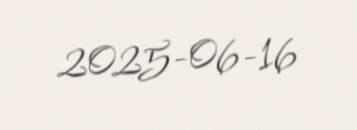
2025-06-16